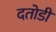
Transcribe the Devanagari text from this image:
दतोडी